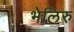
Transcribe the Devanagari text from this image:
भेलिरु